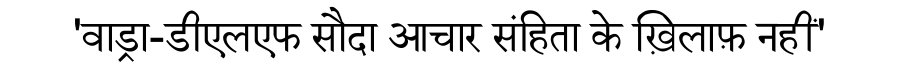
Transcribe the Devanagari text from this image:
'वाड्रा-डीएलएफ सौदा आचार संहिता के ख़िलाफ़ नहीं'